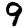
Digit: 9